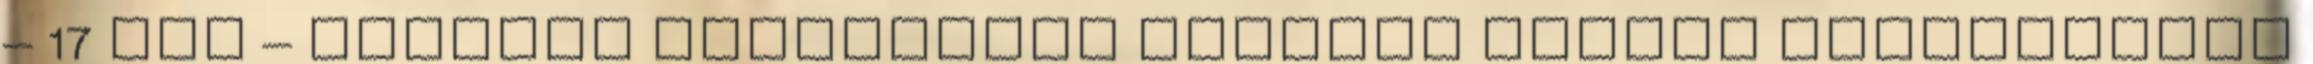
– 17 óra – PostART kulturális színtér Ünnepi hangverseny